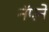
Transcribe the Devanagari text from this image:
नॅपने